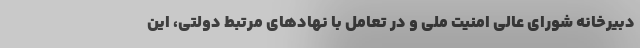
دبیرخانه شورای عالی امنیت ملی و در تعامل با نهادهای مرتبط دولتی، این